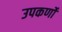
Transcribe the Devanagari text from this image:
उपकर्णों